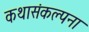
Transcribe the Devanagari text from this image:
कथासंकल्पना